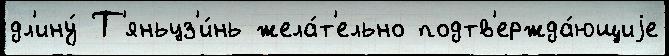
дл'ину́ Т'яньцз'и́нь жела́т'ельно подтв'ержда́ющиjе